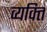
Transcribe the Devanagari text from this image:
व्‍यक्त्‍िा